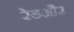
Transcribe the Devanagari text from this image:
रेडऔर